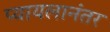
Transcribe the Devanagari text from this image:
प्यायलानंतर